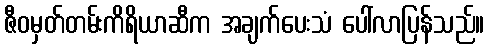
ဇီဝမှတ်တမ်းကိရိယာဆီက အချက်ပေးသံ ပေါ်လာပြန်သည်။